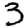
Digit: 3